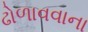
ઢોળાવવાના